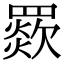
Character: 𦌗